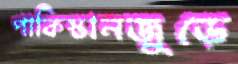
পাকিস্তানজুড়ে